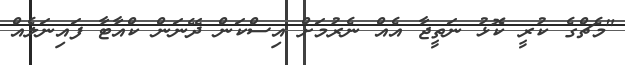
"މެޗްގެ ކުރީ ކޮޅު ނަތީޖާ އެއް ނެރުމަށް އިސްކަން ދޭނަން ކްއާޓާ ފައިނަލެއް